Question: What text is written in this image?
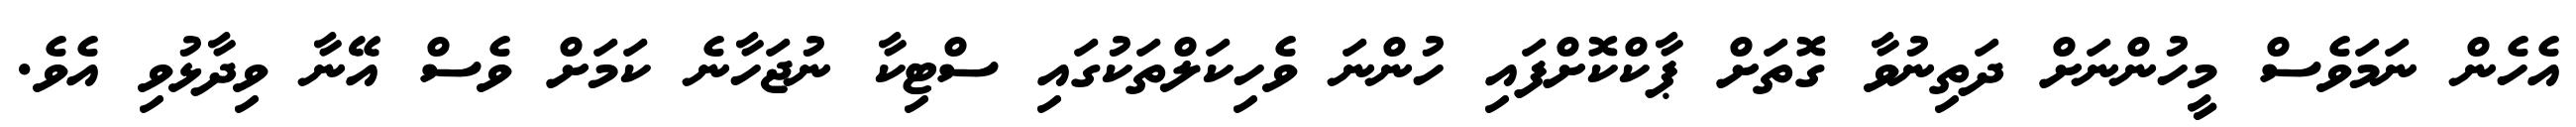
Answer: އެހެން ނަމަވެސް މީހުންނަށް ދަތިނުވާ ގޮތަށް ޕާކްކޮށްފައި ހުންނަ ވެހިކަލްތަކުގައި ސްޓިކާ ނުޖަހާނެ ކަމަށް ވެސް އޭނާ ވިދާޅުވި އެވެ.